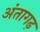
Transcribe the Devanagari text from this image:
अंतागढ़